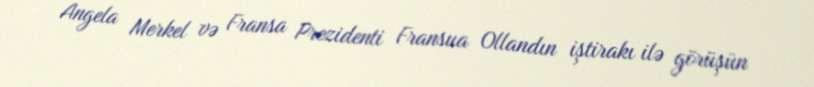
Angela Merkel və Fransa Prezidenti Fransua Ollandın iştirakı ilə görüşün